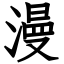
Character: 漫